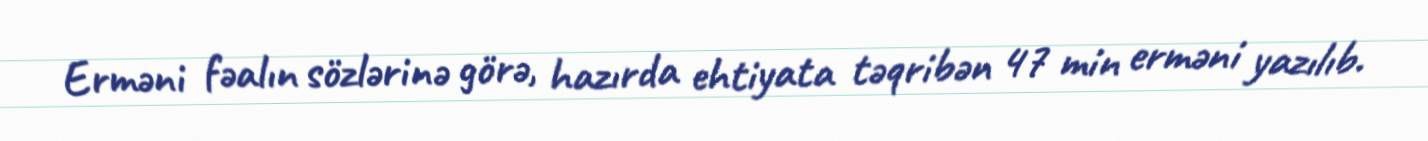
Erməni fəalın sözlərinə görə, hazırda ehtiyata təqribən 47 min erməni yazılıb.